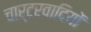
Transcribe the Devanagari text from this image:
चार्टरवादियों